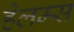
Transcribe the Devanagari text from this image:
हेलम्स